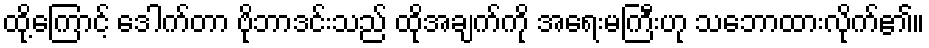
ထို့ကြောင့် ဒေါက်တာ ဗိုဘာဒင်းသည် ထိုအချက်ကို အရေးမကြီးဟု သဘောထားလိုက်၏။